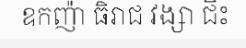
ឧកញ៉ា ធិរាជ វង្សា ជិះ